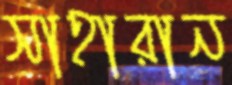
সাহারান